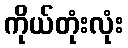
ကိုယ်တုံးလုံး